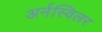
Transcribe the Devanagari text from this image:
अर्नस्विलर